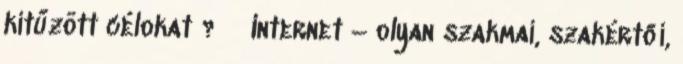
kitűzött célokat ?  Internet – olyan szakmai, szakértői,